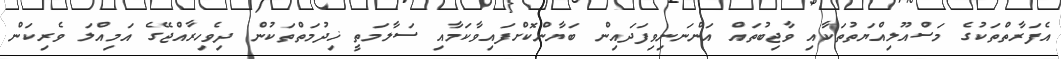
އެފަރާތްތަކުގެ މަސްއޫލިއްޔަތުތަކާއި ވާޖިބުތައް އަންނަނިވިފަދައިން ބަޔާންކޮށްފައިވާކަމާއި ސަލާމަތީ ޚިދުމަތްތަކުން ދިވެހިރާއްޖޭގެ އަމިއްލަ ވެރިކަން